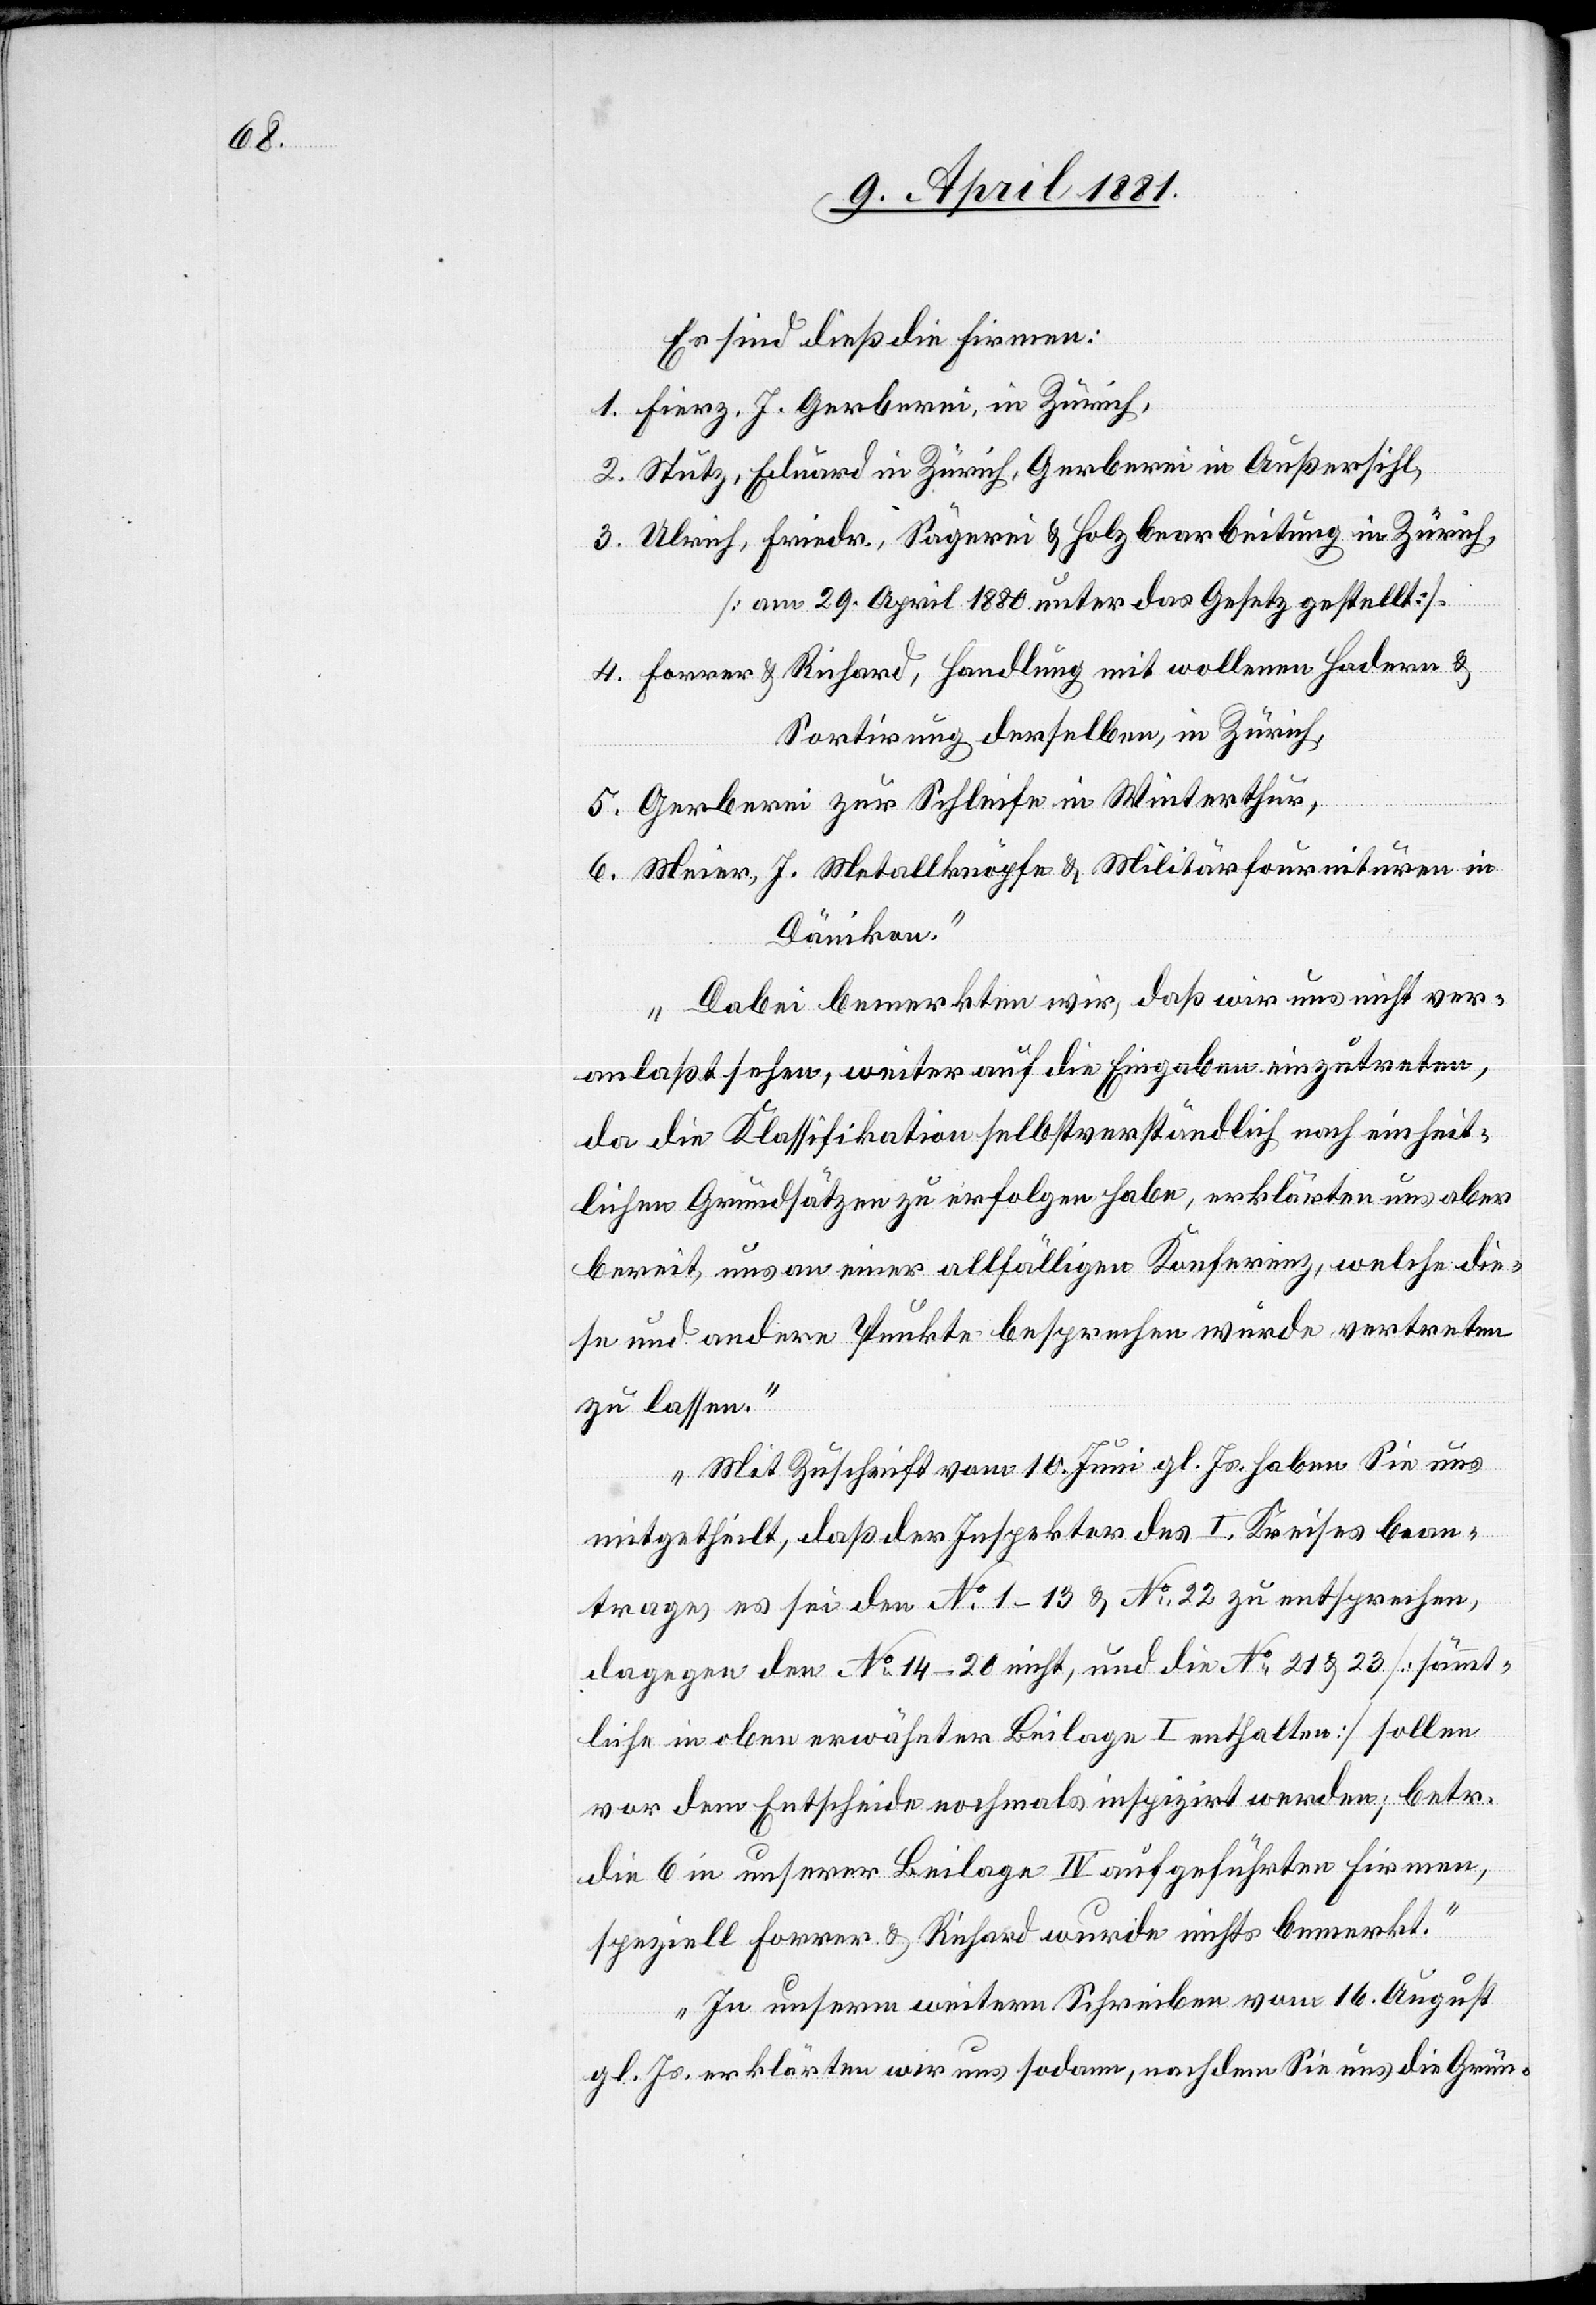
Es sind dieß die Firmen:
1. Fierz. J. Gerberei, in Zürich,
2. Stutz, Eduard in Zürich, Gerberei in Außersihl,
3. Ulrich, Friedr., Sägerei & Holzearbeitung in Zürich,
[am 29. April 1880 unter das Gesetz gestellt].
4. Forrer & Richard, Handlung mit wollenen Hadern &
Sortirung derselben, in Zürich,
5. Gerberei zur Schleife in Winterthur,
6. Meier, J. Metallknöpfe & Militärfournituren in
Dänikon.
Dabei bemerkten wird, daß wir uns nicht ver¬
anlaßt sehen, weiter auf die Eingaben einzutreten,
da die Klassifikation selbstverständlich nach einheit¬
lichen Grundsätzen zu erfolgen habe, erklärten uns aber
bereit, uns an einer allfälligen Konferenz, welche die¬
se und andere Punkte besprechen würde vertreten
zu lassen.
Mit Zuschrift vom 10. Juni gl. Js. haben Sie uns
mitgetheilt, daß der Inspektor des I. Kreises bean¬
trage es sei den No 1–13 & No 21 & 23 [sämmtliche
in oben erwähnter Beilage I enthalten] sollen
vor dem Entscheide nochmals inspizirt werden; betr.
die 6 in unterer Beilage IV aufgeführten Firmen,
speziell Forrer & Richard wurde nichts bemerkt.
Zu unserem weiteren Schreiben vom 16. August
gl. Js. erklärten wir uns sodann, nachdem Sie uns die Grün-